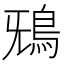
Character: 𩿑